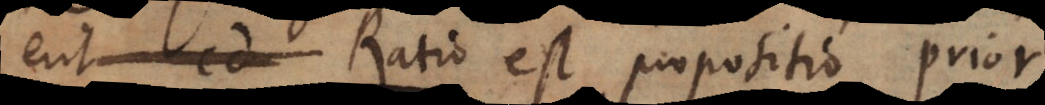
t i o est propositio prior